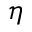
\boldsymbol { \eta }